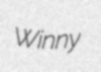
Winny